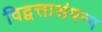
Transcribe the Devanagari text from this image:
विद्वत्तासंपन्न